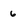
Character: 6